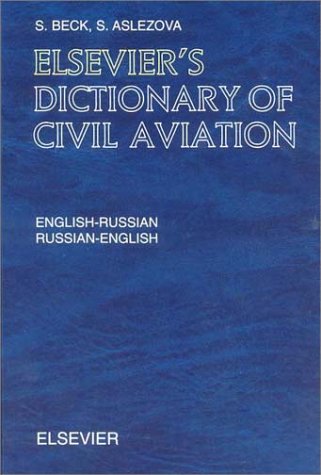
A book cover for Elsevier's Dictionary of Civil Aviation: English-Russian and Russian-English; S. Beck; Reference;